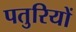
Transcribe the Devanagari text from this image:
पतुरियों